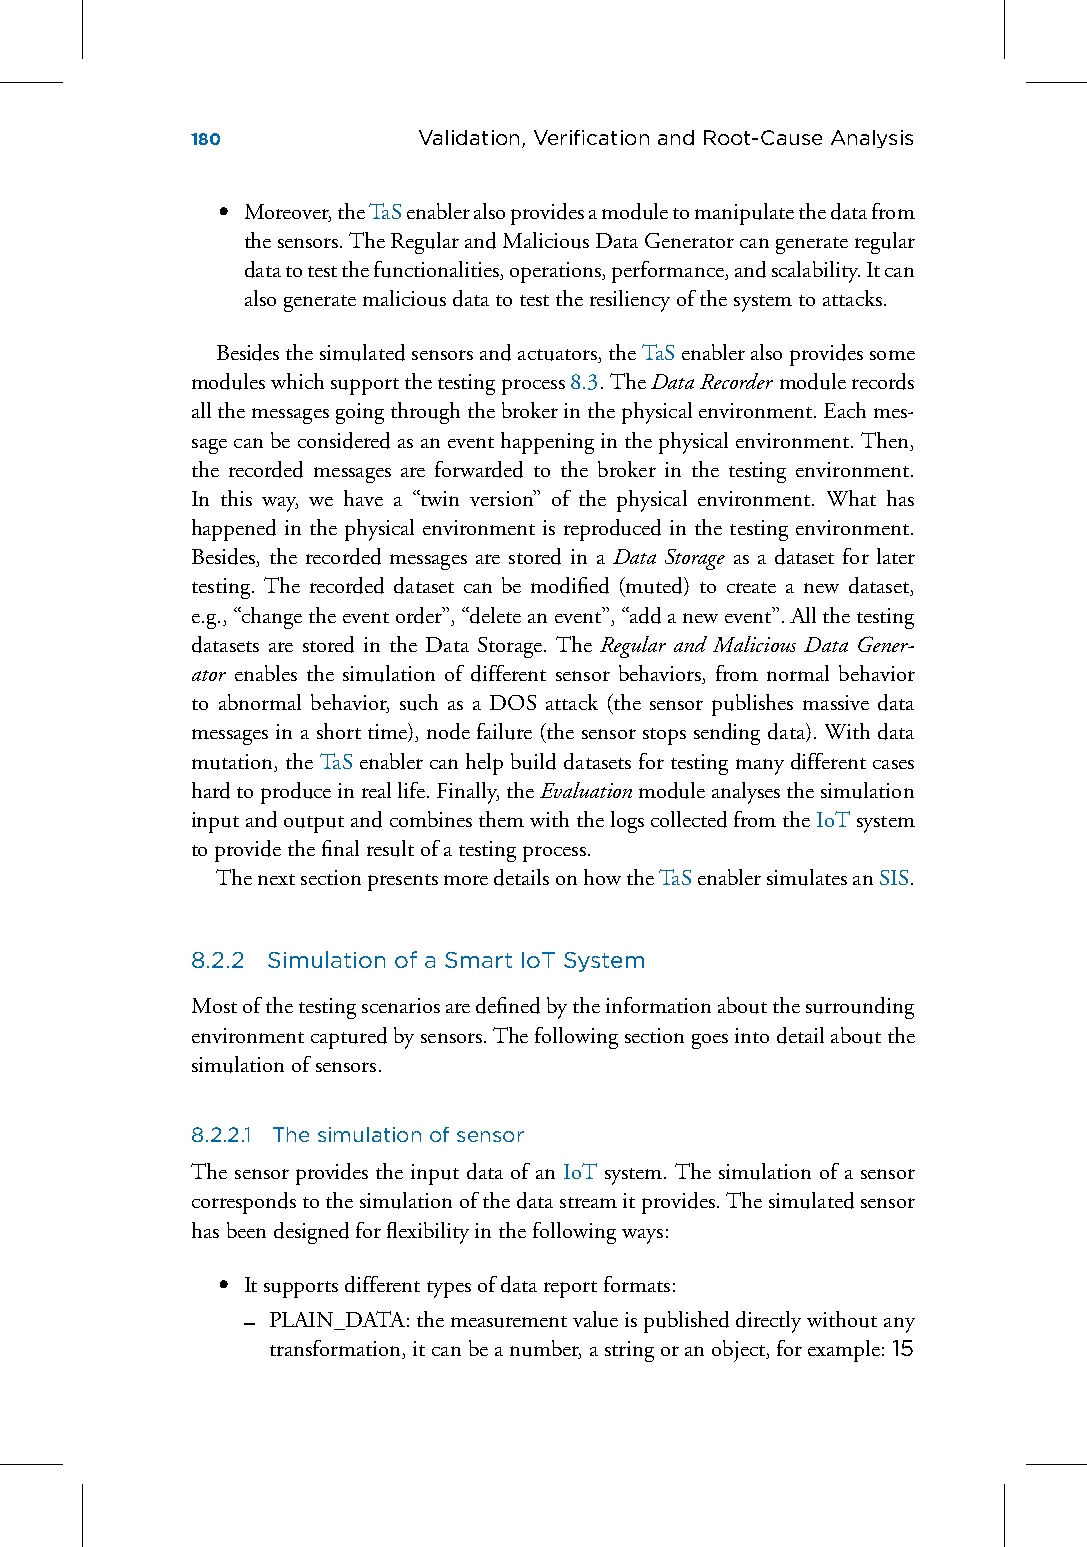
180            Validation, VerificationandRoot-CauseAnalysis
 • Moreover,theTaSenableralsoprovidesamoduletomanipulatethedatafrom
 thesensors.TheRegularandMaliciousDataGeneratorcangenerateregular
 datatotestthefunctionalities,operations,performance,andscalability.Itcan
 alsogeneratemaliciousdatatotesttheresiliencyofthesystemtoattacks.
 Besidesthesimulatedsensorsandactuators,theTaSenableralsoprovidessome
 moduleswhichsupportthetestingprocess8.3.TheDataRecorder modulerecords
 allthemessagesgoingthroughthebrokerinthephysicalenvironment.Eachmes-
 sagecanbeconsideredasaneventhappeninginthephysicalenvironment.Then,
 the recorded messages are forwarded to the broker in the testing environment.
 In this way, we have a “twin version” of the physical environment. What has
 happened in the physical environment is reproduced in the testing environment.
 Besides, the recorded messages are stored in a Data Storage as a dataset for later
 testing. The recorded dataset can be modified (muted) to create a new dataset,
 e.g.,“changetheeventorder”,“deleteanevent”,“addanewevent”.Allthetesting
 datasets are stored in the Data Storage. The Regular and Malicious Data Gener-
 ator enables the simulation of different sensor behaviors, from normal behavior
 to abnormal behavior, such as a DOS attack (the sensor publishes massive data
 messages in a short time), node failure (the sensor stops sending data). With data
 mutation, the TaS enabler can help build datasets for testing many different cases
 hardtoproduceinreallife.Finally,theEvaluationmoduleanalysesthesimulation
 inputandoutputandcombinesthemwiththelogscollectedfromtheIoTsystem
 toprovidethefinalresultofatestingprocess.
 ThenextsectionpresentsmoredetailsonhowtheTaSenablersimulatesanSIS.
 8.2.2 Simulation of a Smart IoT System
 Mostofthetestingscenariosaredefinedbytheinformationaboutthesurrounding
 environmentcapturedbysensors.Thefollowingsectiongoesintodetailaboutthe
 simulationofsensors.
 8.2.2.1 The simulation of sensor
 The sensor provides the input data of an IoT system. The simulation of a sensor
 correspondstothesimulationofthedatastreamitprovides.Thesimulatedsensor
 hasbeendesignedforflexibilityinthefollowingways:
 • Itsupportsdifferenttypesofdatareportformats:
 – PLAIN_DATA:themeasurementvalueispublisheddirectlywithoutany
 transformation,itcanbeanumber,astringoranobject,forexample:15